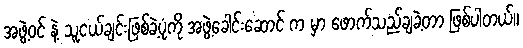
အဖွဲ့ဝင် နဲ့ သူငယ်ချင်းဖြစ်ခဲ့ပုံကို အဖွဲ့ခေါင်းဆောင် က မှာ ဖောက်သည်ချခဲ့တာ ဖြစ်ပါတယ်။